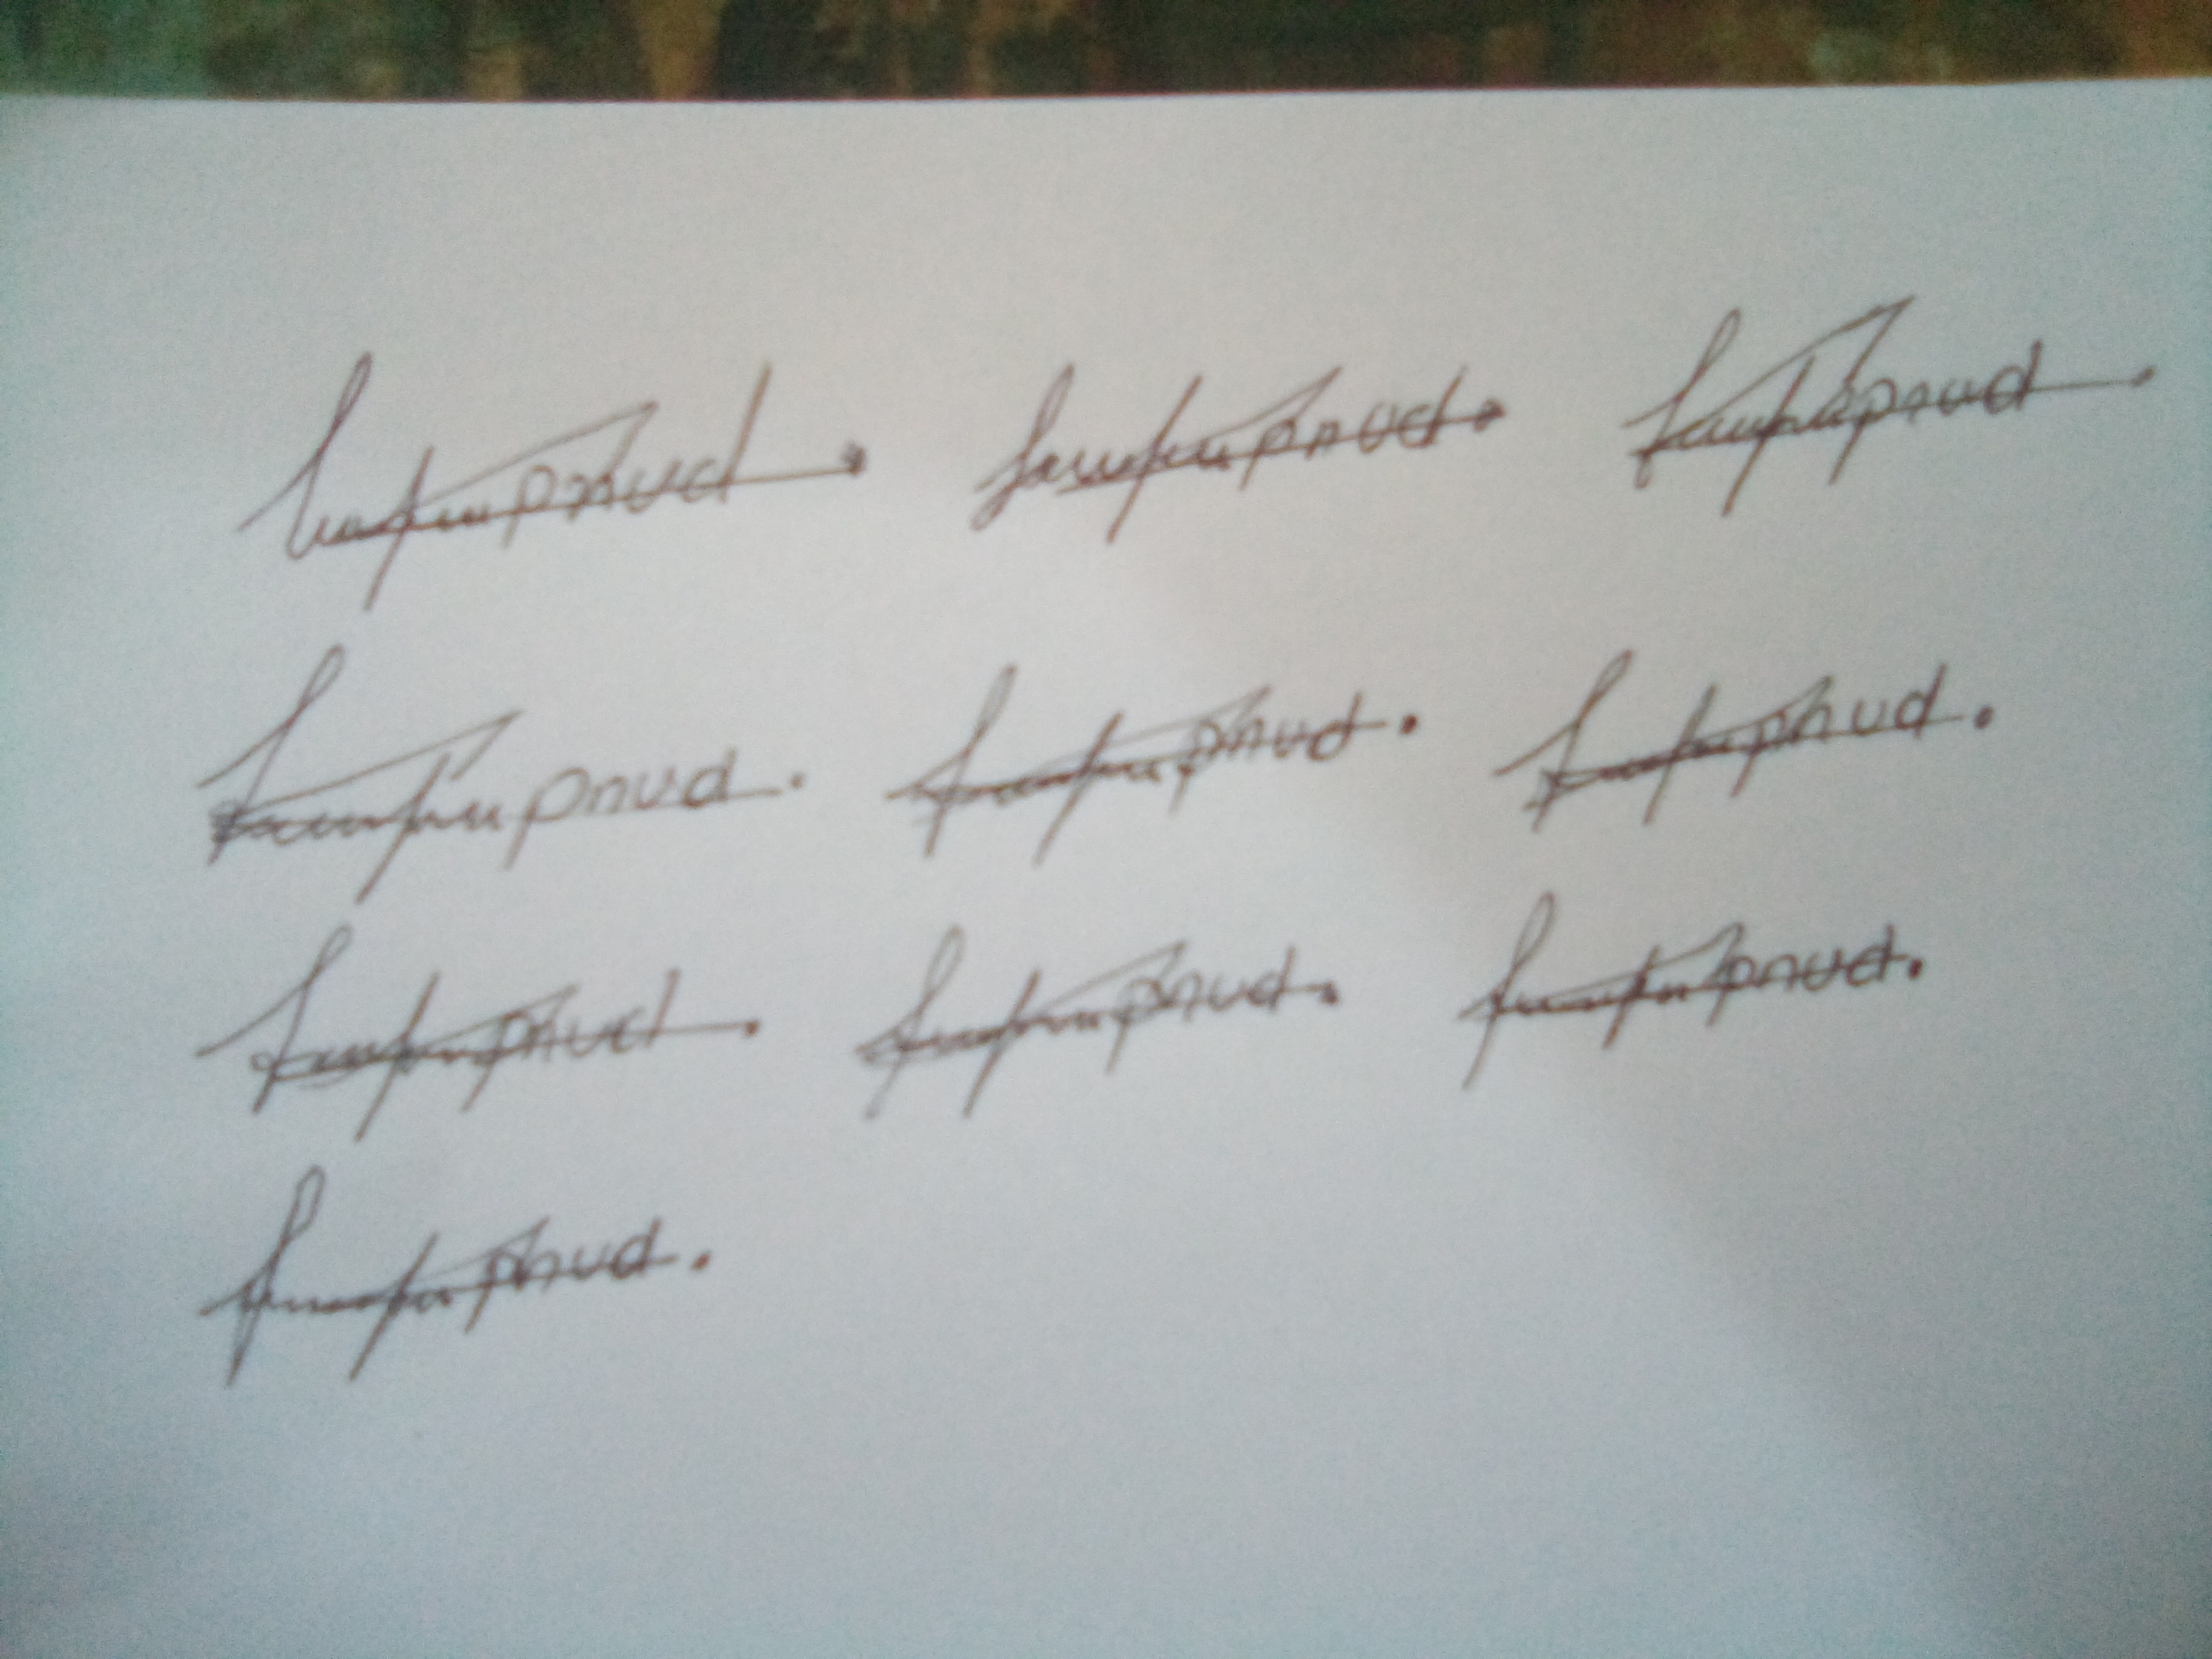
Signature authenticity: forged